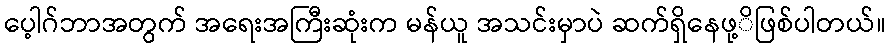
ပေ့ါဂ်ဘာအတွက် အရေးအကြီးဆုံးက မန်ယူ အသင်းမှာပဲ ဆက်ရှိနေဖု့ိဖြစ်ပါတယ်။